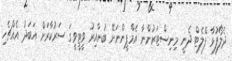
ދެެލޯފުޅާ ފްލެޓް ދެނީ މިނިސްޓަރުންނާ އެމްޕީންނަށޭ ބުނާއިރު ވީޓީވީގަ ސަރުކާރަށް އަބަދު އެއްޗެހި